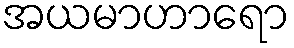
အယမာဟာရော